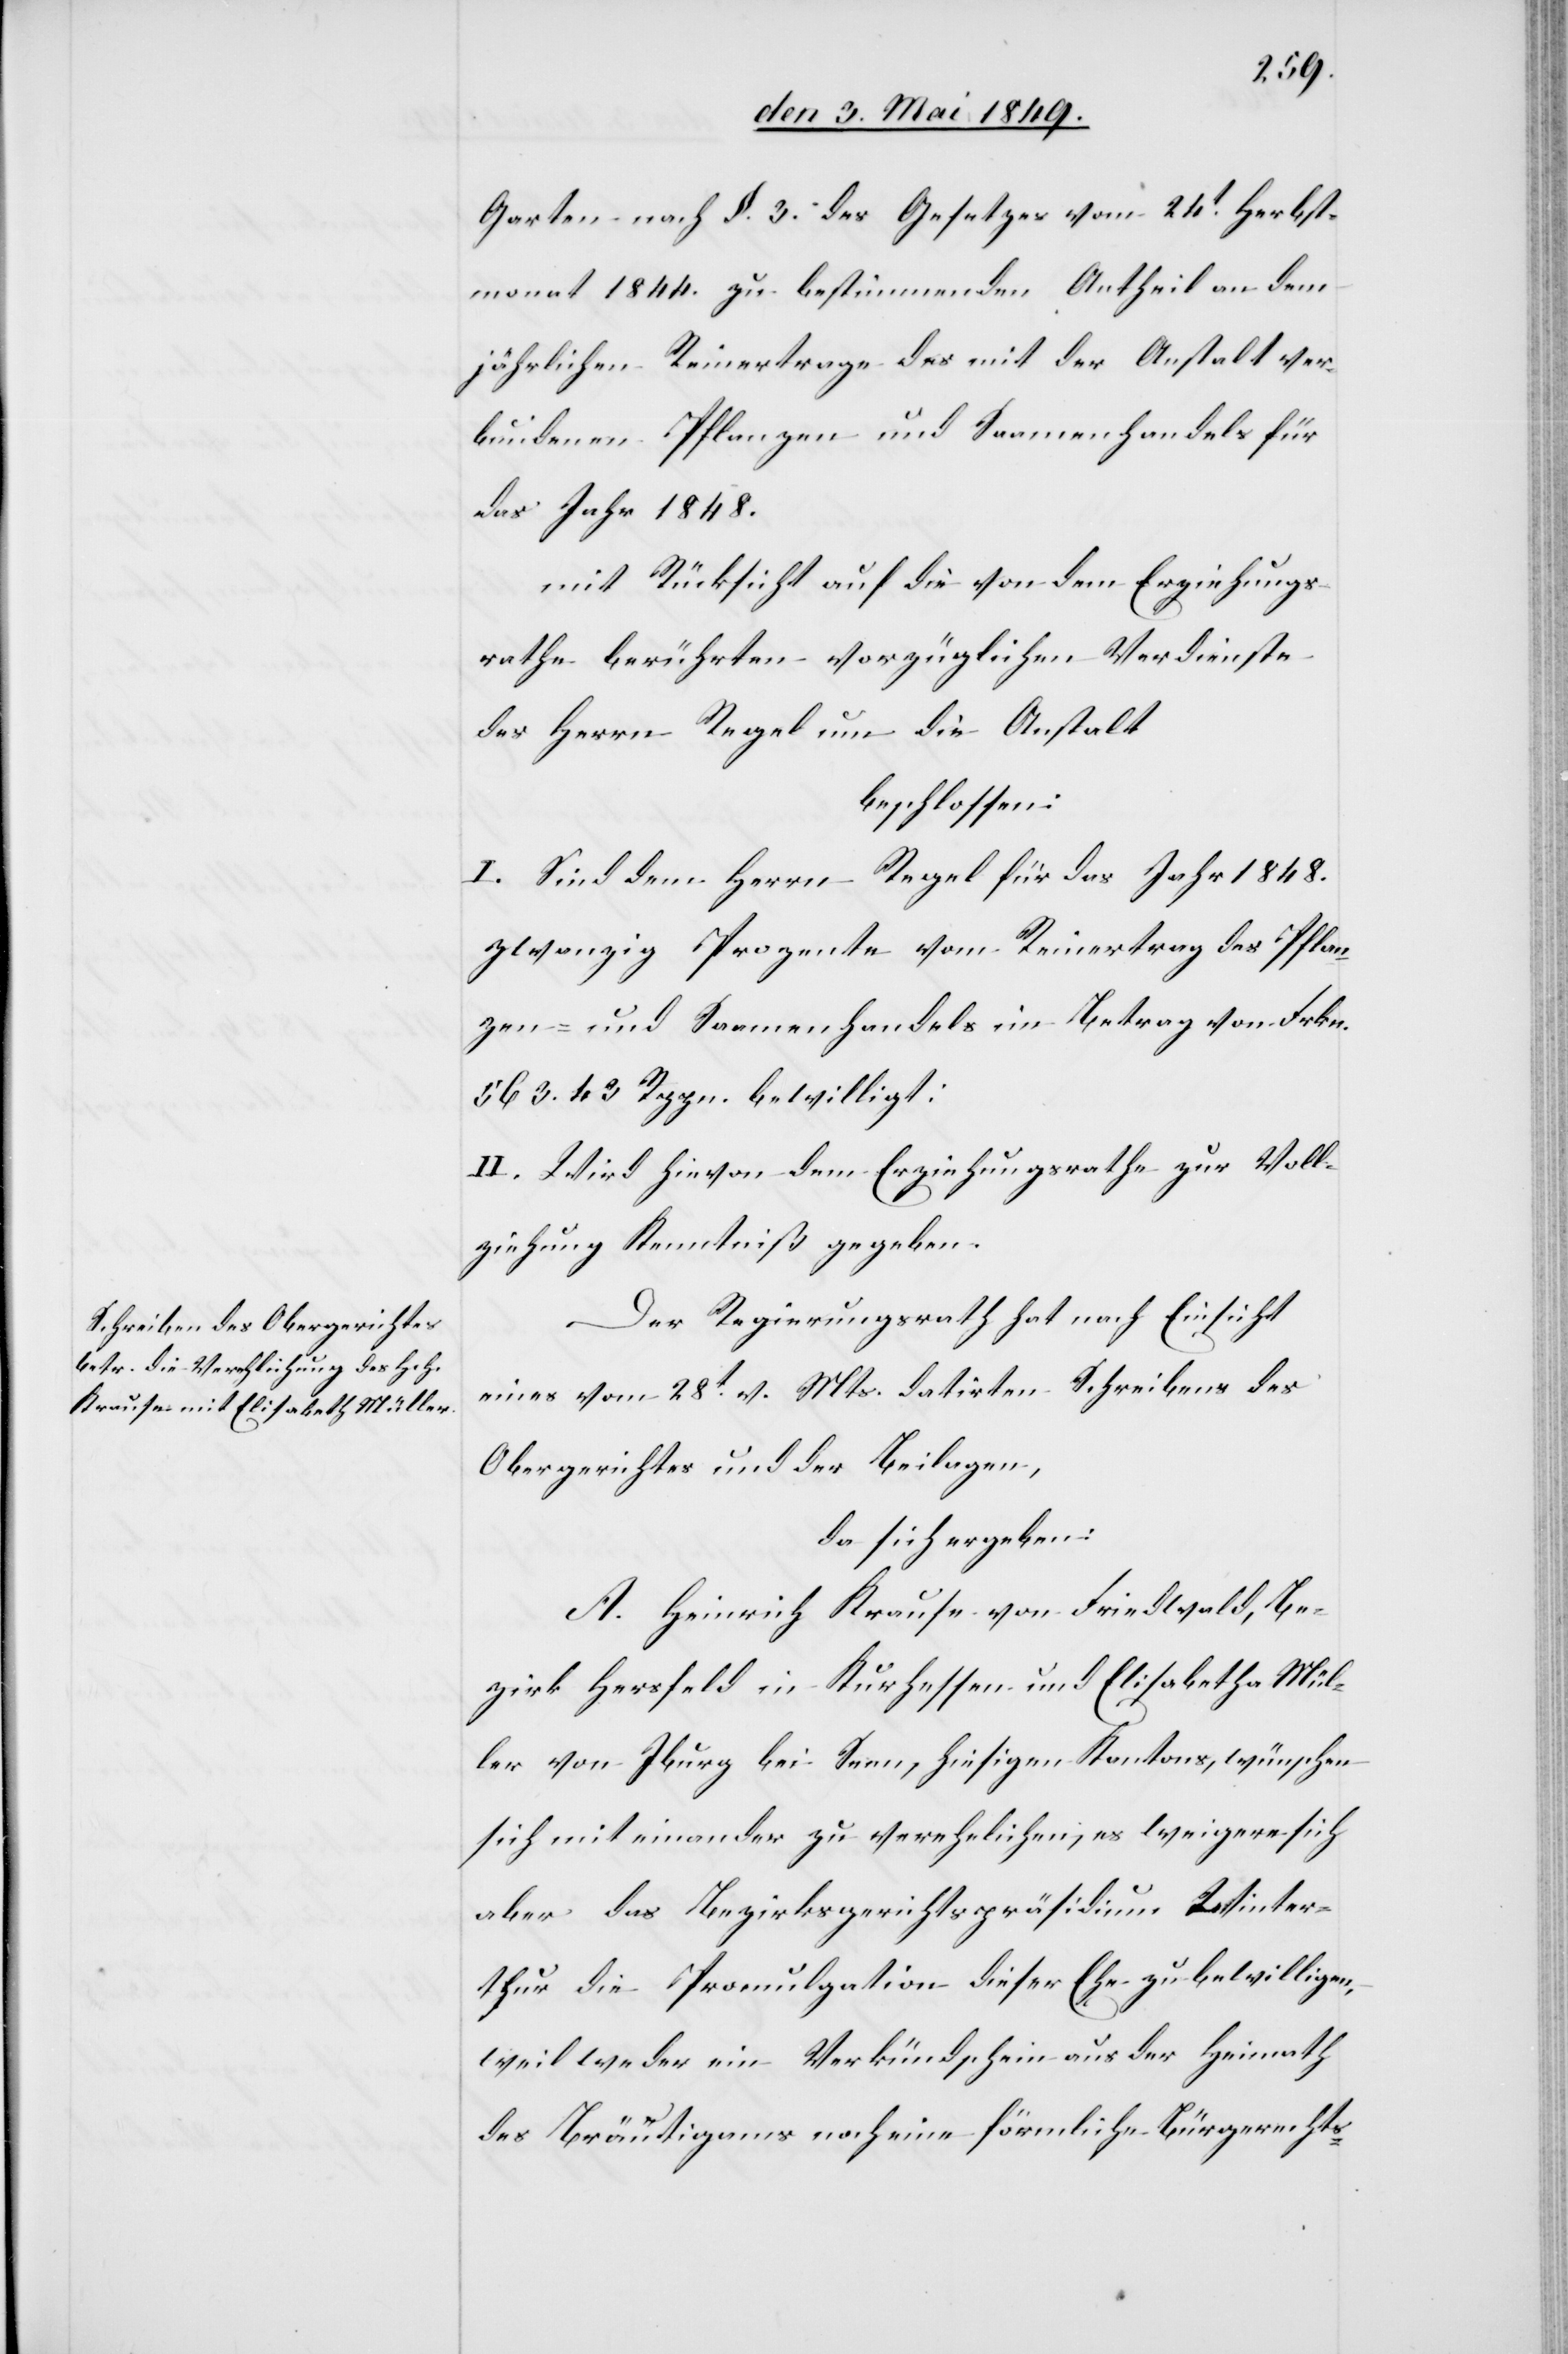
Garten nach §. 3. des Gesetzes vom 24t Herbst¬
monat 1844. zu bestimmenden Antheil an dem
jährlichen Reinertrage des mit der Anstalt ver¬
bundenen Pflanzen und Saamenhandels für
das Jahr 1848.
mit Rücksicht auf die von dem Erziehungs¬
rathe berührten vorzüglichen Verdienste
des Herrn Regel um die Anstalt
beschlossen:
I. Sind dem Herrn Regel für das Jahr 1848.
zwanzig Prozente vom Reinertrag des Pflan¬
zen- und Saamenhandels im Betrag von Frkn.
563. 43. Rppn. bewilligt:
II. Wird hievon dem Erziehungsrathe zur Voll¬
ziehung Kenntniß gegeben.
Der Regierungsrath hat nach Einsicht
eines vom 28t v. Mts. datirten Schreibens des
Obergerichtes und der Beilagen,
da sich ergeben:
A. Heinrich Krause vom Friedwald, Be¬
zirk Hersfeld in Kurhessen und Elisabetha Mül¬
ler von Iburg bei Seen, hiesigen Kantons, wünschen
sich mit einander zu verehelichen, es weigere sich
aber das Bezirksgerichtspräsidium Winter¬
thur die Promulgation dieser Ehe zu bewilligen,
weil weder ein Verkündschein aus der Heimath
des Bräutigams noch eine förmliche Bürgerrechts-